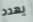
يهدد